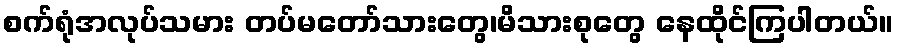
စက်ရုံအလုပ်သမား တပ်မတော်သားတွေ၊မိသားစုတွေ နေထိုင်ကြပါတယ်။